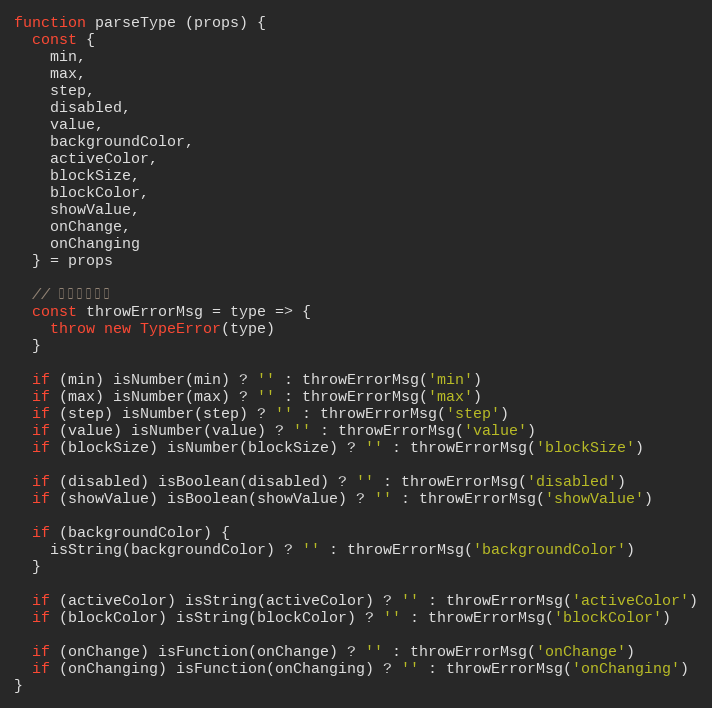
Language: JavaScript
function parseType (props) {
  const {
    min,
    max,
    step,
    disabled,
    value,
    backgroundColor,
    activeColor,
    blockSize,
    blockColor,
    showValue,
    onChange,
    onChanging
  } = props

  // 抛出错误信息
  const throwErrorMsg = type => {
    throw new TypeError(type)
  }

  if (min) isNumber(min) ? '' : throwErrorMsg('min')
  if (max) isNumber(max) ? '' : throwErrorMsg('max')
  if (step) isNumber(step) ? '' : throwErrorMsg('step')
  if (value) isNumber(value) ? '' : throwErrorMsg('value')
  if (blockSize) isNumber(blockSize) ? '' : throwErrorMsg('blockSize')

  if (disabled) isBoolean(disabled) ? '' : throwErrorMsg('disabled')
  if (showValue) isBoolean(showValue) ? '' : throwErrorMsg('showValue')

  if (backgroundColor) {
    isString(backgroundColor) ? '' : throwErrorMsg('backgroundColor')
  }

  if (activeColor) isString(activeColor) ? '' : throwErrorMsg('activeColor')
  if (blockColor) isString(blockColor) ? '' : throwErrorMsg('blockColor')

  if (onChange) isFunction(onChange) ? '' : throwErrorMsg('onChange')
  if (onChanging) isFunction(onChanging) ? '' : throwErrorMsg('onChanging')
}